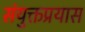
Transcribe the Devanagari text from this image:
संयुक्तप्रयास